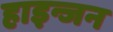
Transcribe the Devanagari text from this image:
हाइन्जन